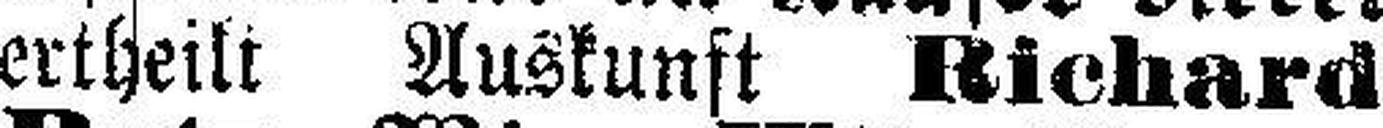
ertheilt Auskunft Richard